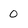
Character: 0